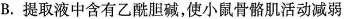
B.提取液中含有乙酰胆碱，使小鼠骨骼肌活动减弱